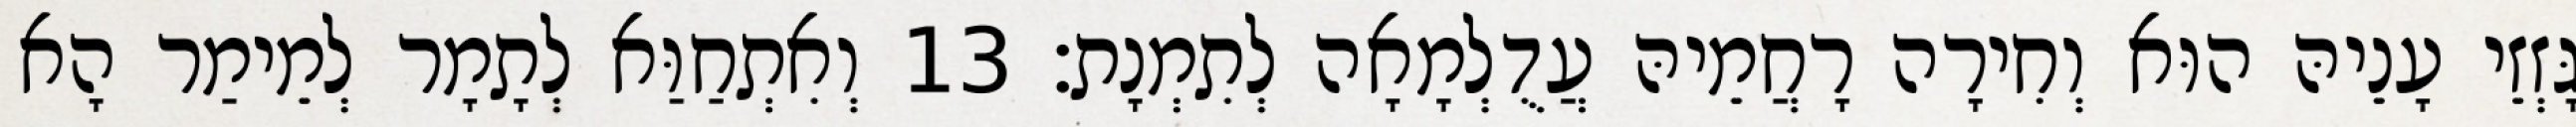
גָּזְזֵי עָנֵיהּ הוּא וְחִירָה רָחֲמֵיהּ עֲדֻלְמָאָה לְתִמְנָת׃ 13 וְאִתְחַוַּא לְתָמָר לְמֵימַר הָא